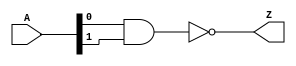
module nand_2in_v (
  input [1:0] A,
  output Z
  );

  nand(Z, A[0], A[1]);

endmodule //nand_2in_v